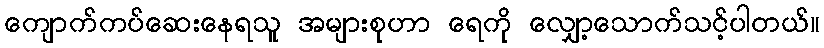
ကျောက်ကပ်ဆေးနေရသူ အများစုဟာ ရေကို လျှော့သောက်သင့်ပါတယ်။